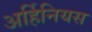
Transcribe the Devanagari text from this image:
अर्हिनियस